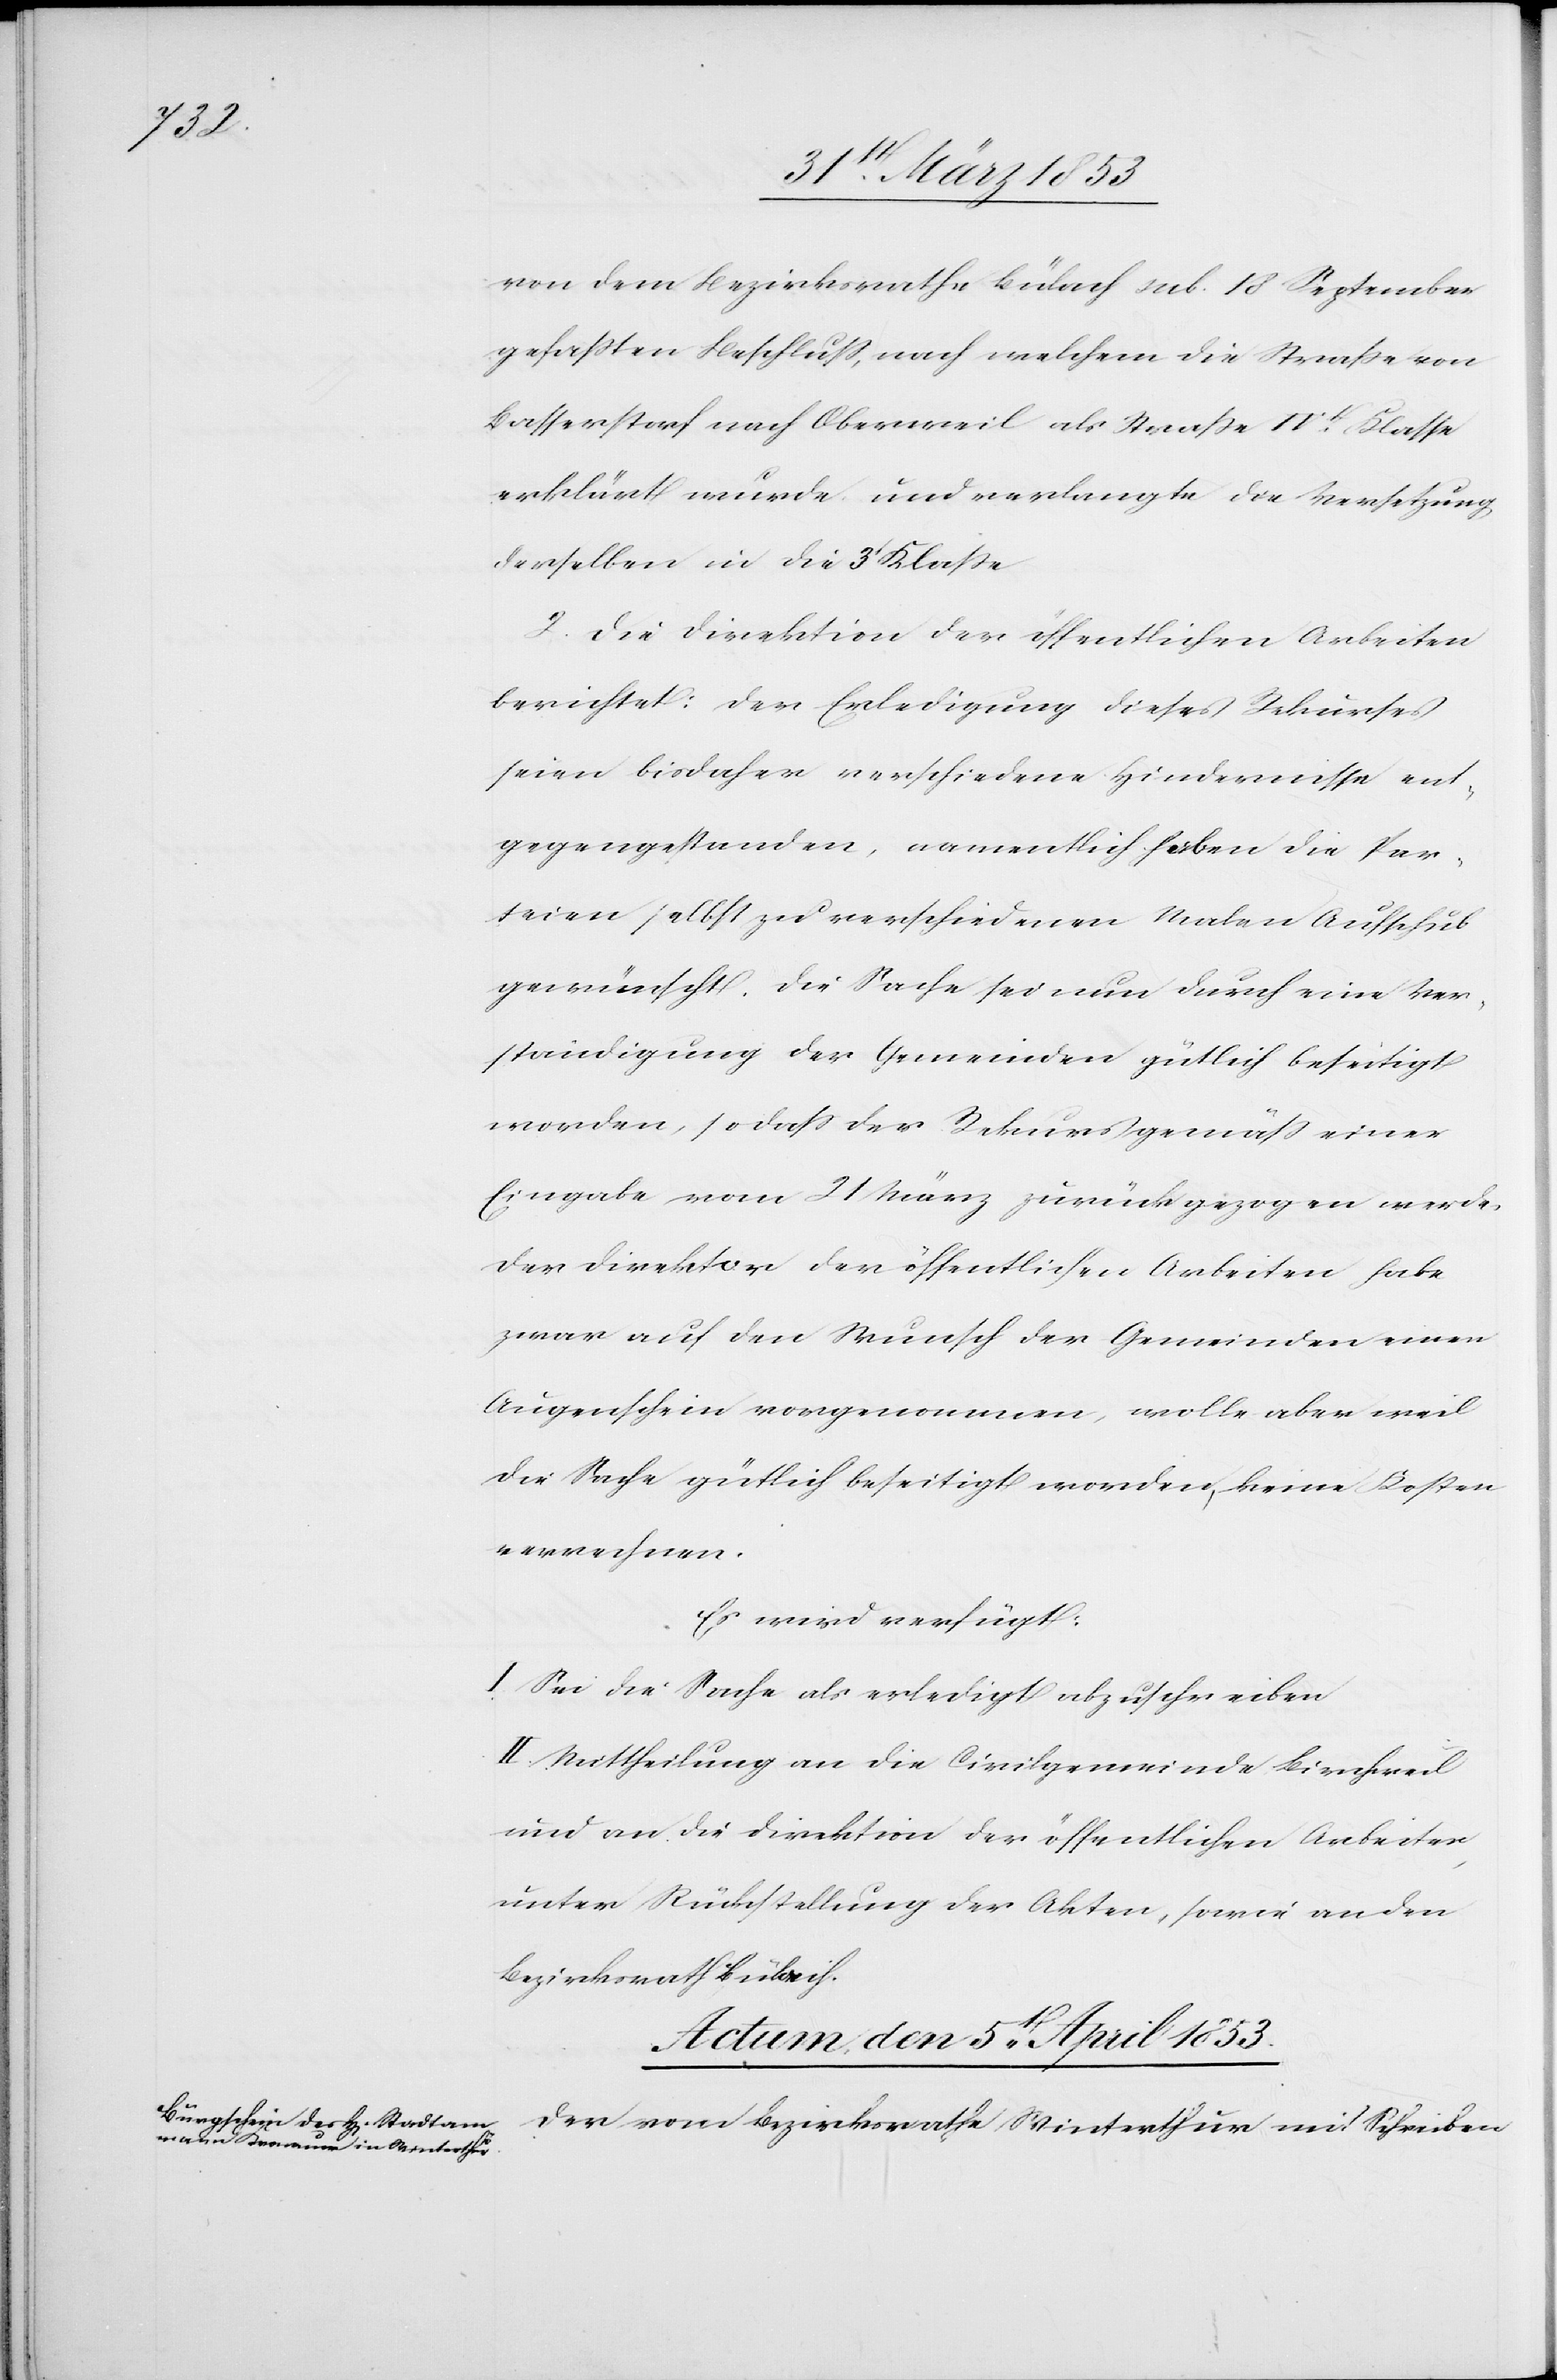
von
dem Bezirksrathe Bülach sub. 18 September
gefaßten Beschluß, nach welchem die Straße von
Basserstorf nach Oberweil als Straße IIt. Klasse
erklärt wurde und verlangt die Versetzung
derselben in die 3t. Klaße.
2, Die Direktion der öffentlichen Arbeiten
berichtet: Der Erledigung dieses Rekurses
seien bisdaher verschiedene Hindernisse ent¬
gegengestanden, namentlich haben die Par¬
teien, selbst zu verschiedenen Malen Aufschub
gewünscht. Die Sache sei nun durch eine Ver¬
ständigung der Gemeinden gütlich beseitigt
worden, so daß der Rekurs gemäß einer
Eingabe vom 21 März zurückgezogen werde.
Der Direktor der öffentlichen Arbeiten habe
zwar auf den Wunsch der Gemeinden einen
Augenschein vorgenommen, wolle aber weil
die Sache gütlich beseitigt worden, keine Kosten
verrechnen.
Es wird verfügt:
I. Sei die Sache als erledigt abzuschreiben.
II. Mittheilung an die Civilgemeinde Birchweil
und an die Direktion der öffentlichen Arbeiten
unter Rückstellung der Akten, sowie an den
Bezirksrath Bülach.
Actum den 5t[en] April 1853
Der vom Bezirksrathe Winterthur mit Schreiben